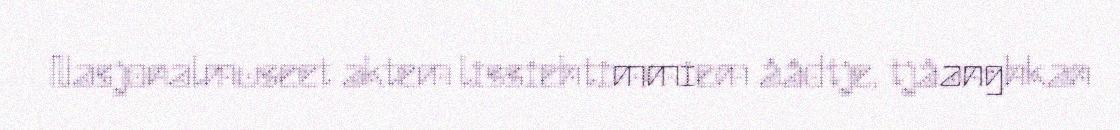
Nasjonalmuseet aktem lissiehtimmiem åådtje, tjåanghkan